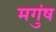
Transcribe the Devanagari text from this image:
मगुंष